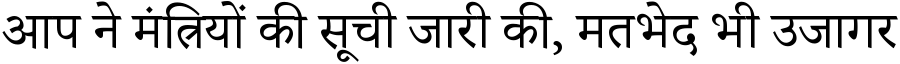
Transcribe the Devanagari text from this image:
आप ने मंत्रियों की सूची जारी की, मतभेद भी उजागर